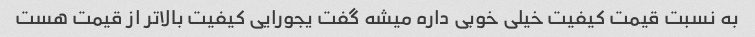
به نسبت قیمت کیفیت خیلی خوبی داره میشه گفت یجورایی کیفیت بالاتر از قیمت هست